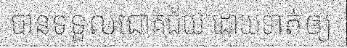
បានទទួលជោគជ័យ ដោយទាត់ឲ្យ